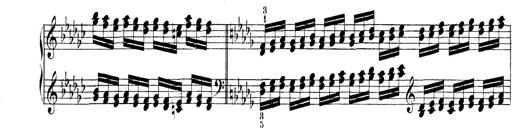
Title: Technische Studien
Composer: Franz Liszt